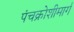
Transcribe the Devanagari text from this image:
पंचक्रोशीमार्ग